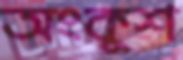
অংকুশ